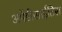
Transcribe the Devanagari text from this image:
अपेंडीसाईटिस